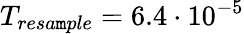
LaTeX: T_{resa\mathtt{m}ple}=6.4\cdot10^{-5}